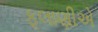
ફૂલાણીએ